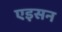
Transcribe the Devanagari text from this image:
एइसन